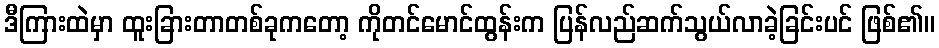
ဒီကြားထဲမှာ ထူးခြားတာတစ်ခုကတော့ ကိုတင်မောင်ထွန်းက ပြန်လည်ဆက်သွယ်လာခဲ့ခြင်းပင် ဖြစ်၏။